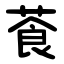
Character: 䓹